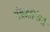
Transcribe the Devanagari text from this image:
पंचमांगियों